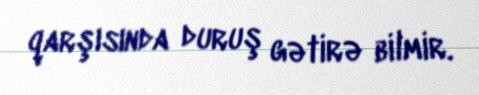
qarşısında duruş gətirə bilmir.